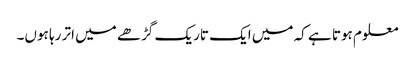
معلوم ہوتا ہے کہ میں ایک تاریک گڑھے میں اتر رہا ہوں۔